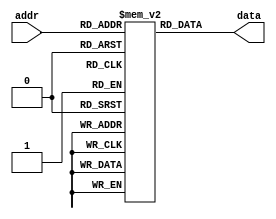
module Instruction_Mem(
	input wire [6:0] addr,
	output wire [31:0] data );

//parameter NMEM = 128;   // Number of memory entries, not the same as the memory size
//parameter IM_DATA = "im_data.txt";  // file to read data from
reg [31:0] mem [0:127];  // 32-bit memory with 128 entries

initial
begin
	/*
	mem[0] = 32'b100011_00000_10000_00000_00000_000000; // lw s0 0($zero) , s0 = 1 
	mem[1] = 32'b100011_00000_10001_00000_00000_000100; // lw s1 4($zero) , s1 = 0

	//modified
	mem[2] = 32'b000000_10000_10000_10010_00000_100000; // add s2 s0 s0 , s2 = 2
	mem[3] = 32'b000000_10000_10001_10011_00000_100010; // sub s3 s0 s1 , s3 = 1
	//mem[4] = 32'b000000_10010_10000_10010_00000_100010; // add s2 s2 s0 , s2 = 1

	mem[4] = 32'b000000_10010_10010_10010_00000_011000; // mult s2 s2 s2, s2 = 4
	mem[5] = 32'b000000_10000_10001_10001_00000_100000; // add s1 s0 s1 , s1 = 1
	mem[6] = 32'b000000_10001_10001_10001_00000_100000; // add s1 s1 s1 , s1 = 2

	mem[7] = 32'b101011_00000_10010_00000_00000_010000; // sw s2 16($0) , mem[4] = 4
	mem[8] = 32'b100011_00000_10101_00000_00000_010000; // lw s5 8($zero) , s5 = 4
	mem[9] = 32'b000000_10101_10001_10101_00000_100000; // add s5 s5 s1 , s1 = 6
	*/

	// $readmemh(IM_DATA, mem, 0, NMEM-1);
	// original
	
	mem[0] = 32'b100011_00000_10000_00000_00000_000000; // lw s0 0($zero) , s0 = 1 
	mem[1] = 32'b100011_00000_10001_00000_00000_000100; // lw s1 4($zero) , s1 = 0
	mem[2] = 32'b000000_10000_10001_10010_00000_100000; // add s2 s0 s1 , s2 = 1 
	mem[3] = 32'b000000_10000_10001_10011_00000_100010; // sub s3 s0 s1 , s3 = 1
	mem[4] = 32'b000000_10010_10011_10100_00000_100100; // and s4 s2 s3 , s4 = 1
	mem[5] = 32'b000000_10010_10011_10101_00000_100110; // xor s5 s2 s3 , s5 = 0
	mem[6] = 32'b000000_10101_10100_10110_00000_101010; // slt s6 s5 s4 , s6 = 1
 	mem[7] = 32'b000100_10101_10001_00000_00000_000001; // beq s5 s1 1 , s5 = s1 = 0
	mem[8] = 32'b000010_00000_00000_00000_00000_001101; // j 13 , it is not executed at first, but is executed after the jump. (mem[12])
	mem[9] = 32'b100011_00000_10111_00000_00000_001000; // lw s7 8($zero) , s7 = 0
	mem[10]= 32'b101011_10111_10101_00000_00000_010000; // sw s5 16(s7) , mem[4] = 0
	mem[11]= 32'b100011_10111_10000_00000_00000_010000; // lw s0 16(s7) , s0 = mem[4] = 0
	mem[12]= 32'b000010_00000_00000_00000_00000_000011; // j 3
	mem[13]= 32'b000000_10000_00000_10111_00000_100111; // nor s7 s0 $zero , s7 = 32'b1111_1111_1111_1111_1111_1111_1111_1111;
	mem[14]= 32'b100011_00000_01000_00000_00000_101000; // lw t0 40($zero) , t0 = 32'b0101_0101_1010_1010_0101_0101_1010_1010;
	mem[15]= 32'b100011_00000_01001_00000_00000_101100; // lw t1 44($zero) , t1 = 32'b0111_0111_1000_1000_0111_0111_1000_1000;
	mem[16]= 32'b000000_01000_01001_01010_00000_100000; // add t2 t0 t1    , t2 = 32'b1100_1101_0011_0010_1100_1101_0011_0010; positive value (overflow)
	mem[17]= 32'b000000_01000_01001_01011_00000_100010; // sub t3 t0 t1    , t3 = 32'b1101_1110_0010_0001_1101_1110_0010_0010; negative value
	mem[18]= 32'b000000_01000_01001_01100_00000_100100; // and t4 t0 t1    , t4 = 32'b0101_0101_1000_1000_0101_0101_1000_1000;
	mem[19]= 32'b000000_01000_01001_01101_00000_100110; // xor t5 t0 t1    , t5 = 32'b0010_0010_0010_0010_0010_0010_0010_0010;
	mem[20]= 32'b000000_01010_01011_01110_00000_101010; // slt t6 t2 t3    , t6 = 32'd1;
	
	//mem[21]= 32'b000000_10000_10001_10000_00000_100000; // add s0 s0 s1 , s0 = 0, but bug, s0 = 1(what)
	// mem[21]= 32'b000000_10000_10001_10000_00000_100010; // sub s0 s0 s1 , s0 = 0
end

assign data = mem[addr][31:0];

endmodule